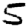
Digit: 5